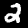
Label: 2